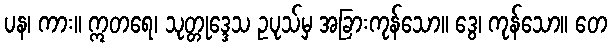
ပန၊ ကား။ ဣတရေ၊ သုတ္တုဒ္ဒေသ ဥပုသ်မှ အခြားကုန်သော။ ဒွေ၊ ကုန်သော။ တေ